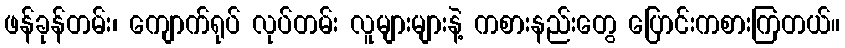
ဖန်ခုန်တမ်း၊ ကျောက်ရုပ် လုပ်တမ်း လူများများနဲ့ ကစားနည်းတွေ ပြောင်းကစားကြတယ်။